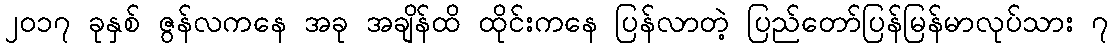
၂၀၁၇ ခုနှစ် ဇွန်လကနေ အခု အချိန်ထိ ထိုင်းကနေ ပြန်လာတဲ့ ပြည်တော်ပြန်မြန်မာလုပ်သား ၇